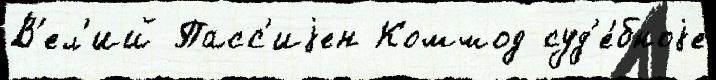
В'ел'ий Пасс'иjен Коммод суд'е́бноjе